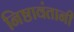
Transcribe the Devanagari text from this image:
निष्ठावंतानी